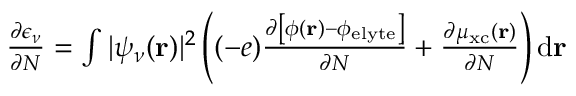
\begin{array} { r } { \frac { \partial \epsilon _ { \nu } } { \partial N } = \int | \psi _ { \nu } ( \mathbf { r } ) | ^ { 2 } \left( ( - e ) \frac { \partial \left[ \phi ( \mathbf { r } ) - \phi _ { \mathrm { e l y t e } } \right] } { \partial N } + \frac { \partial \mu _ { \mathrm { x c } } ( \mathbf { r } ) } { \partial N } \right) \mathrm { d } \mathbf { r } } \end{array}